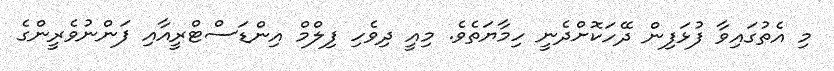
މި އެތުގައިވާ ފުޅަފިން ދޭހަކޮށްދެނީ ހިމާޔަތެވެ. މިއީ ދިވެހި ފިލްމް އިންޑަސްޓްރީއާއި ފަންނުވެރީންގެ